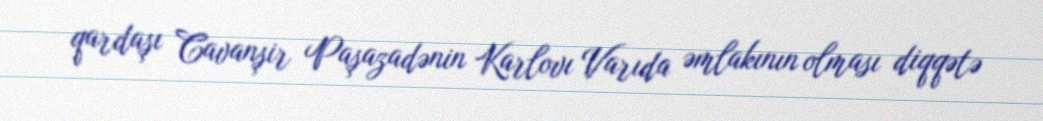
qardaşı Cavanşir Paşazadənin Karlovı Varıda əmlakının olması diqqətə